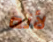
لأنه